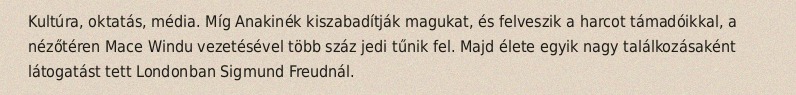
Kultúra, oktatás, média. Míg Anakinék kiszabadítják magukat, és felveszik a harcot támadóikkal, a nézőtéren Mace Windu vezetésével több száz jedi tűnik fel. Majd élete egyik nagy találkozásaként látogatást tett Londonban Sigmund Freudnál.